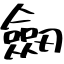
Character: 劒